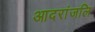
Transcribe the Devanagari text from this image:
आदरांजलि